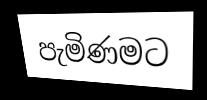
පැමිණමට